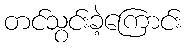
တင်သွင်းခဲ့ကြောင်း